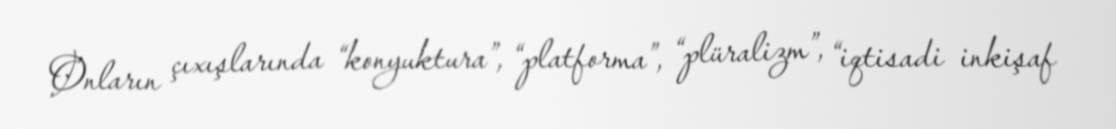
Onların çıxışlarında “konyuktura”, “platforma”, “plüralizm”, “iqtisadi inkişaf